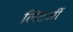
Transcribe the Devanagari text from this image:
लिटर्जी